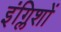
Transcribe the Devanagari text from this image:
इंग्लिशों